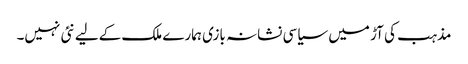
مذہب کی آڑ میں سیاسی نشانہ بازی ہمارے ملک کےلیے نئی نہیں۔